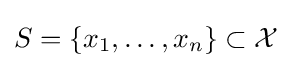
S=\{x_{1},\ldots ,x_{n}\}\subset {\mathcal {X}}